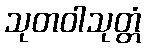
သုတဝါသုတ္တံ